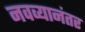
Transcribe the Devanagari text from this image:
नवव्यानंतर